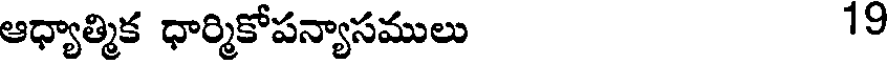
ఆధ్యాత్మిక ధార్మికోపన్యాసములు 19